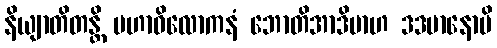
နိယျာတိတန္တိ မဟာဝိလောကနံ ဘောတိအာဒိမာဟ ဒဒမာနောပိ